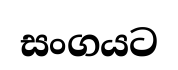
සංගයට